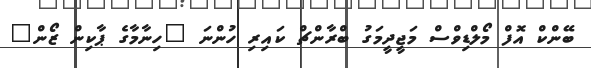
ބޭންކް އޮފް މޯލްޑިވްސް މަޖީދީމަގު ބްރާންޗް ކައިރި ހުންނަ "ހިނާމާގެ ޕާކިން ޒޯން"